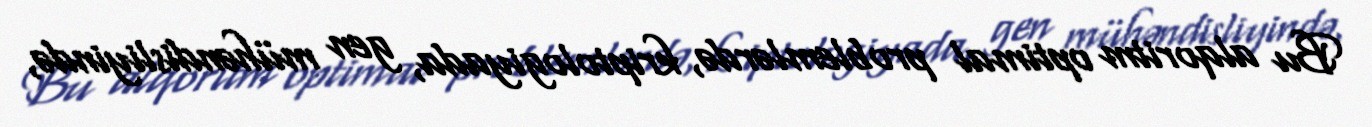
Bu alqoritm optimal problemlərdə, kriptologiyada, gen mühəndisliyində,